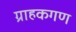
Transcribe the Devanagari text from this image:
ग्राहकगण